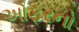
ઓફરનો